Report of the Indian Hemp Drugs Commission, 1894-1895 - Volume V
Year: 1894
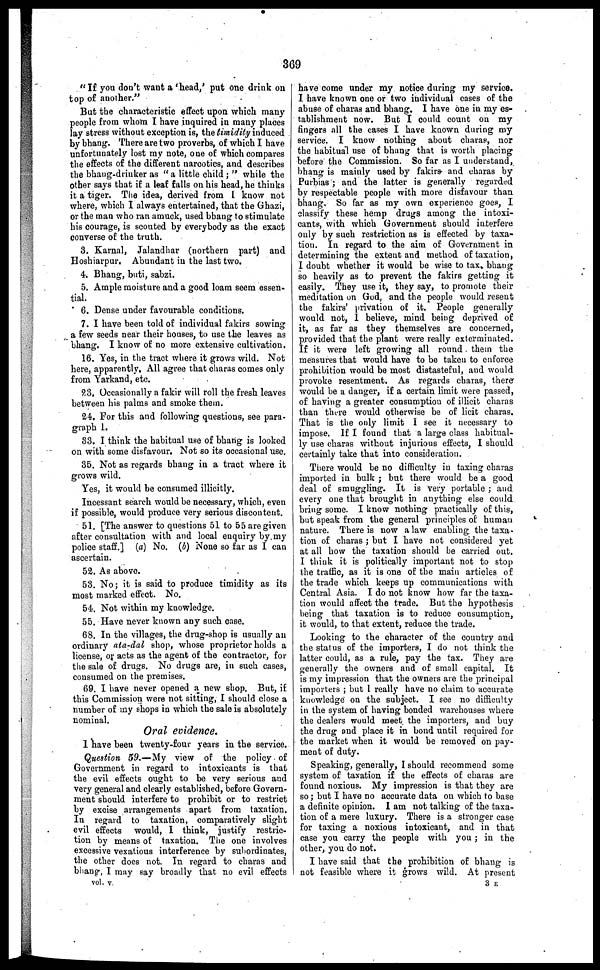
369
"If you don't want a 'head,' put one drink on
top of another."
But the characteristic effect upon which many
people from whom I have inquired in many places
lay stress without exception is, the timidity induced
by bhang. There are two proverbs, of which I have
unfortunately lost my note, one of which compares
the effects of the different narcotics, and describes
the bhang-drinker as "a little child ;" while the
other says that if a leaf falls on his head, he thinks
it a tiger. The idea, derived from I know not
where, which I always entertained, that the Ghazi,
or the man who ran amuck, used bhang to stimulate
his courage, is scouted by everybody as the exact
converse of the truth.
3. Karnal, Jalandhar (northern part) and
Hoshiarpur. Abundant in the last two.
4. Bhang, buti, sabzi.
5. Ample moisture and a good loam seem essen-
tial.
6. Dense under favourable conditions.
7. I have been told of individual fakirs sowing
a few seeds near their houses, to use the leaves as
bhang. I know of no more extensive cultivation.
16. Yes, in the tract where it grows wild. Not
here, apparently, All agree that charas comes only
from Yarkand, etc.
23. Occasionally a fakir will roll the fresh leaves
between his palms and smoke them.
24. For this and following questions, see para-
graph 1.
33. I think the habitual use of bhang is looked
on with some disfavour. Not so its occasional use.
35. Not as regards bhang in a tract where it
grows wild.
Yes, it would be consumed illicitly.
Incessant search would be necessary, which, even
if possible, would produce very serious discontent.
51. [The answer to questions 51 to 55 are given
after consultation with and local enquiry by my
police staff.] (a) No. (b) None so far as I can
ascertain.
52. As above.
53. No; it is said to produce timidity as its
most marked effect. No.
54. Not within my knowledge.
55. Have never known any such case.
68. In the villages, the drug-shop is usually an
ordinary ata-dal shop, whose proprietor holds a
license, or acts as the agent of the contractor, for
the sale of drugs. No drugs are, in such eases,
consumed on the premises.
69. I have never opened a new shop. But, if
this Commission were not sitting, I should close a
number of my shops in which the sale is absolutely
nominal.
Oral evidence.
I have been twenty-four years in the service.
Question 59.—My view of the policy of
Government in regard to intoxicants is that
the evil effects ought to be very serious and
very general and clearly established, before Govern-
ment should interfere to prohibit or to restrict
by excise arrangements apart from taxation.
In regard to taxation, comparatively slight
evil effects would, I think, justify restric-
tion by means of taxation. The one involves
excessive vexatious interference by subordinates,
the other does not. In regard to charas and
bhang, I may say broadly that no evil effects
vol. v.
have come under my notice during my service.
I have known one or two individual cases of the
abuse of charas and bhang. I have one in my es-
tablishment now. But I could count on my
fingers all the cases I have known during my
service. I know nothing about charas, nor
the habitual use of bhang that is worth placing
before the Commission. So far as I understand,
bhang is mainly used by fakirs and charas by
Purbias ; and the latter is generally regarded
by respectable people with more disfavour than
bhang. So far as my own experience goes, I
classify these hemp drugs among the intoxi-
cants, with which Government should interfere
only by such restriction as is effected by taxa-
tion. In regard to the aim of Government in
determining the extent and method of taxation,
I doubt whether it would be wise to tax bhang
so heavily as to prevent the fakirs getting it
easily. They use it, they say, to promote their
meditation on God, and the people would resent
the fakirs' privation of it. People generally
would not, 1 believe, mind being deprived of
it, as far as they themselves are concerned,
provided that the plant were really exterminated.
If it were left growing all round. them the
measures that would have to be taken to enforce
prohibition would be most distasteful, and would
provoke resentment. As regards charas, there
would be a danger, if a certain limit were passed,
of having a greater consumption of illicit charas
than there would otherwise be of licit charas.
That is the only limit I see it necessary to
impose. If I found that a large class habitual-
ly use charas without injurious effects, I should
certainly take that into consideration.
There would be no difficulty in taxing charas
imported in bulk ; but there would be a good
deal of smuggling. It is very portable ; and
every one that brought in anything else could
bring some. I know nothing practically of this,
but speak from the general principles of human
nature. There is now a law enabling the taxa-
tion of charas ; but I have not considered yet
at all how the taxation should be carried out.
I think it is politically important not to stop
the traffic, as it is one of the main articles of
the trade which keeps up communications with
Central Asia. I do not know how far the taxa-
tion would affect the trade. But the hypothesis
being that taxation is to reduce consumption,
it would, to that extent, reduce the trade.
Looking to the character of the country and
the status of the importers, I do not think the
latter could, as a rule, pay the tax. They are
generally the owners and of small capital. It
is my impression that the owners are the principal
importers ; but I really have no claim to accurate
knowledge on the subject. I see no difficulty
in the system of having bonded warehouses where
the dealers would meet the importers, and buy
the drug and place it in bond until required for
the market when it would be removed on pay-
ment of duty.
Speaking, generally, I should recommend some
system of taxation if the effects of charas are
found noxious. My impression is that they are
so ; but I have no accurate data on which to base
a definite opinion. I am not talking of the taxa-
tion of a mere luxury. There is a stronger case
for taxing a noxious intoxicant, and in that
case you carry the people with you ; in the
other, you do not.
I have said that the prohibition of bhang is
not feasible where it grows wild. At present
3 E